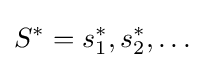
S^{*}=s_{1}^{*},s_{2}^{*},\dots